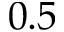
0 . 5